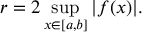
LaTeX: r = 2 \operatorname* { s u p } _ { x \in [ a , b ] } | f ( x ) | .